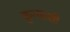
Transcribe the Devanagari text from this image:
कृत्याशी